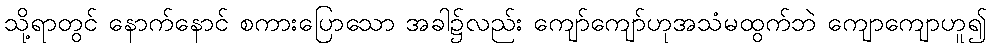
သို့ရာတွင် နောက်နောင် စကားပြောသော အခါ၌လည်း ကျော်ကျော်ဟုအသံမထွက်ဘဲ ကျောကျောဟူ၍